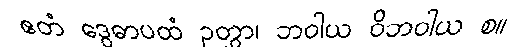
ဧတံ ဒွေဓာပထံ ဉတွာ၊ ဘဝါယ ဝိဘဝါယ စ။